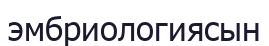
эмбриологиясын